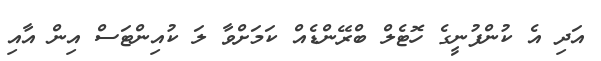
އަދި އެ ކުންފުނީގެ ހޮޓެލް ބްރޭންޑެއް ކަމަށްވާ ލަ ކުއިންޓަސް އިން އާއި